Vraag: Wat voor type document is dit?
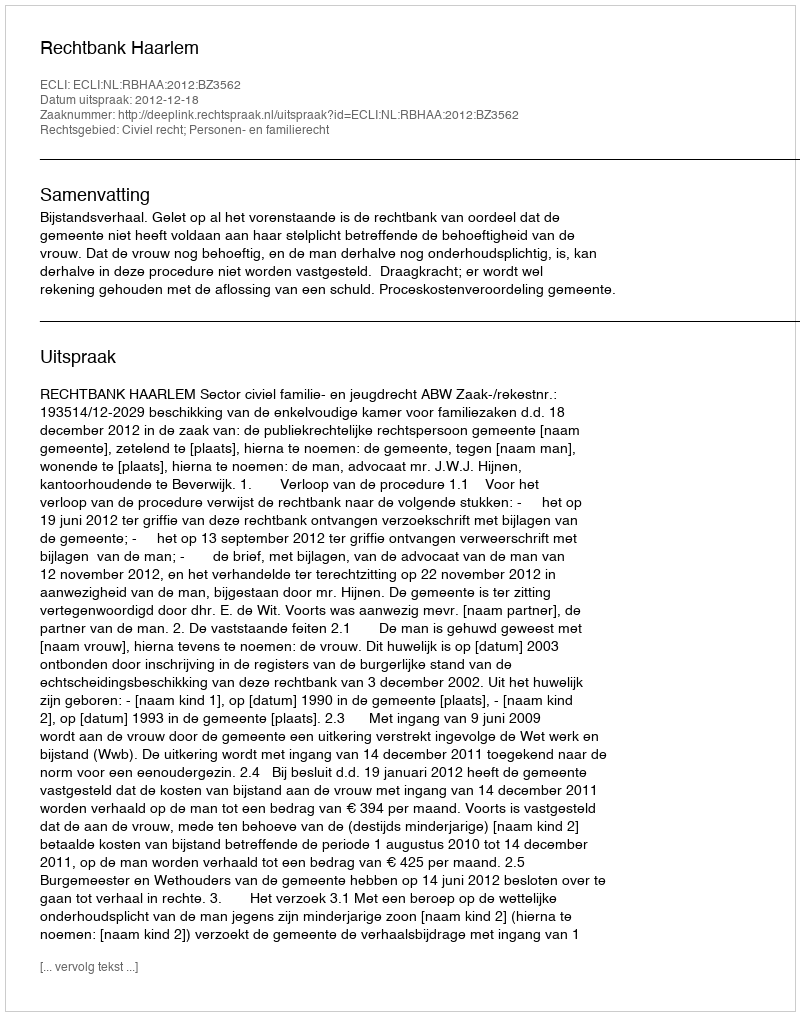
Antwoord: Uitspraak